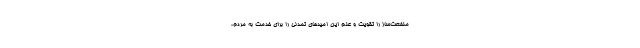
منفعت‌ساز را تقویت و علم این امیدهای تمدنی را برای خدمت به مردم،